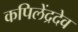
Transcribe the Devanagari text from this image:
कपिलेंद्रदेव